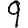
Digit: 9